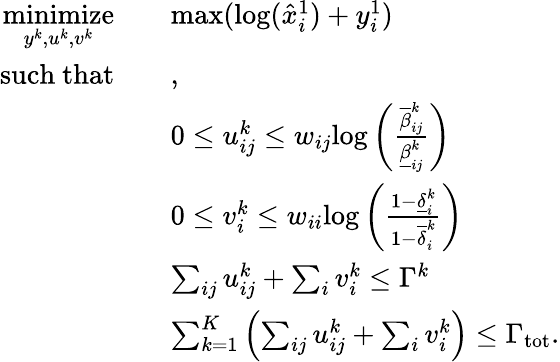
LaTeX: \begin{array}{rl}{\underset{y^{k},u^{k},v^{k}}{\mathrm{minimize}}}&{\quad\mathrm{max}(\mathrm{log}(\hat{x}_{i}^{1})+y_{i}^{1})}\\ {\mathrm{such~that}}&{\quad,\quad}\\ &{\quad 0\leq u_{ij}^{k}\leq w_{ij}\mathrm{log}\left(\frac{\overline{{\beta}}_{ij}^{k}}{\underline{{\beta}}_{ij}^{k}}\right)}\\ &{\quad 0\leq v_{i}^{k}\leq w_{ii}\mathrm{log}\left(\frac{1-\underline{{\delta}}_{i}^{k}}{1-\overline{{\delta}}_{i}^{k}}\right)}\\ &{\quad\sum_{ij}u_{ij}^{k}+\sum_{i}v_{i}^{k}\leq\Gamma^{k}}\\ &{\quad\sum_{k=1}^{K}\left(\sum_{ij}u_{ij}^{k}+\sum_{i}v_{i}^{k}\right)\leq\Gamma_{\mathrm{tot}}.}\end{array}